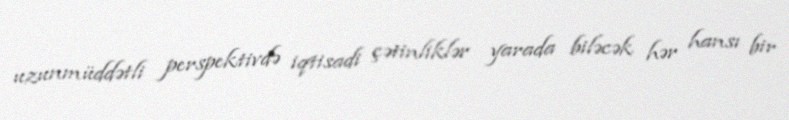
uzunmüddətli perspektivdə iqtisadi çətinliklər yarada biləcək hər hansı bir